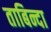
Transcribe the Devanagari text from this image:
ताबिन्दा